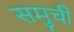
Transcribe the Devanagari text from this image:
समुची